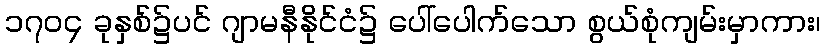
၁၇၀၄ ခုနှစ်၌ပင် ဂျာမနီနိုင်ငံ၌ ပေါ်ပေါက်သော စွယ်စုံကျမ်းမှာကား၊